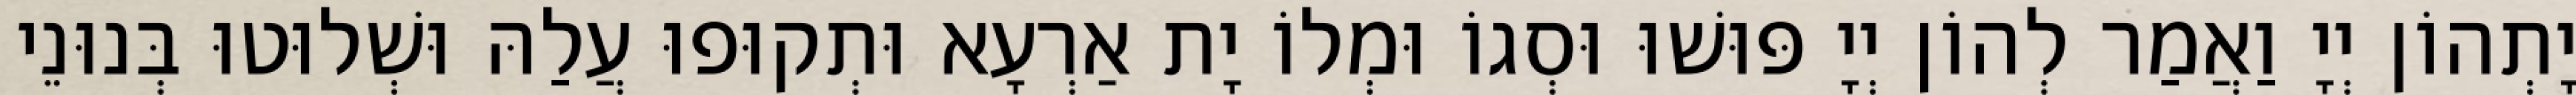
יָתְהוֹן יְיָ וַאֲמַר לְהוֹן יְיָ פּוּשׁוּ וּסְגוֹ וּמְלוֹ יָת אַרְעָא וּתְקוּפוּ עֲלַהּ וּשְׁלוּטוּ בְּנוּנֵי